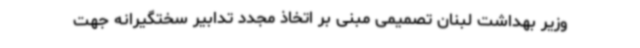
وزیر بهداشت لبنان تصمیمی مبنی بر اتخاذ مجدد تدابیر سختگیرانه جهت